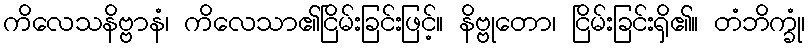
ကိလေသနိဗ္ဗာနံ၊ ကိလေသာ၏ငြိမ်းခြင်းဖြင့်။ နိဗ္ဗုတော၊ ငြိမ်းခြင်းရှိ၏။ တံဘိက္ခုံ၊